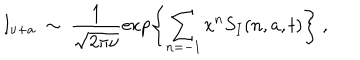
I _ { \nu + a } \ \sim \ \frac { 1 } { \sqrt { 2 \pi \nu } } \exp \left\{ \sum _ { n = - 1 } x ^ { n } S _ { I } ( n , a , t ) \right\} \ ,